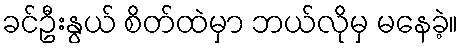
ခင်ဦးနွယ် စိတ်ထဲမှာ ဘယ်လိုမှ မနေခဲ့။